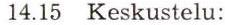
14.15 Keskustelu: